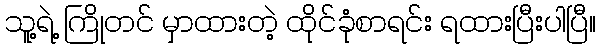
သူ့ရဲ့ ကြိုတင် မှာထားတဲ့ ထိုင်ခုံစာရင်း ရထားပြီးပါပြီ။